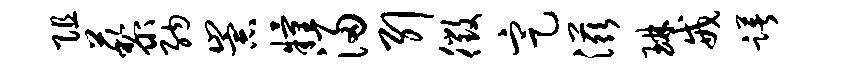
阻藜纳崇粮浸引徵定滋琳戒躇